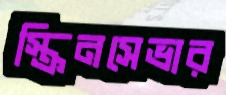
স্ক্রিনসেভার